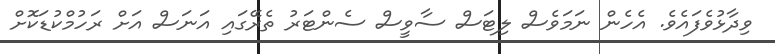
ވިދާޅުވެފައެވެ. އެހެން ނަމަވެސް ލިޓަސް ސާވީސް ސެންޓަރު ތެރޭގައި އަނަސް އަށް ރަހުމްކުޑަކޮށް